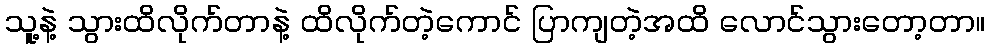
သူ့နဲ့ သွားထိလိုက်တာနဲ့ ထိလိုက်တဲ့ကောင် ပြာကျတဲ့အထိ လောင်သွားတော့တာ။